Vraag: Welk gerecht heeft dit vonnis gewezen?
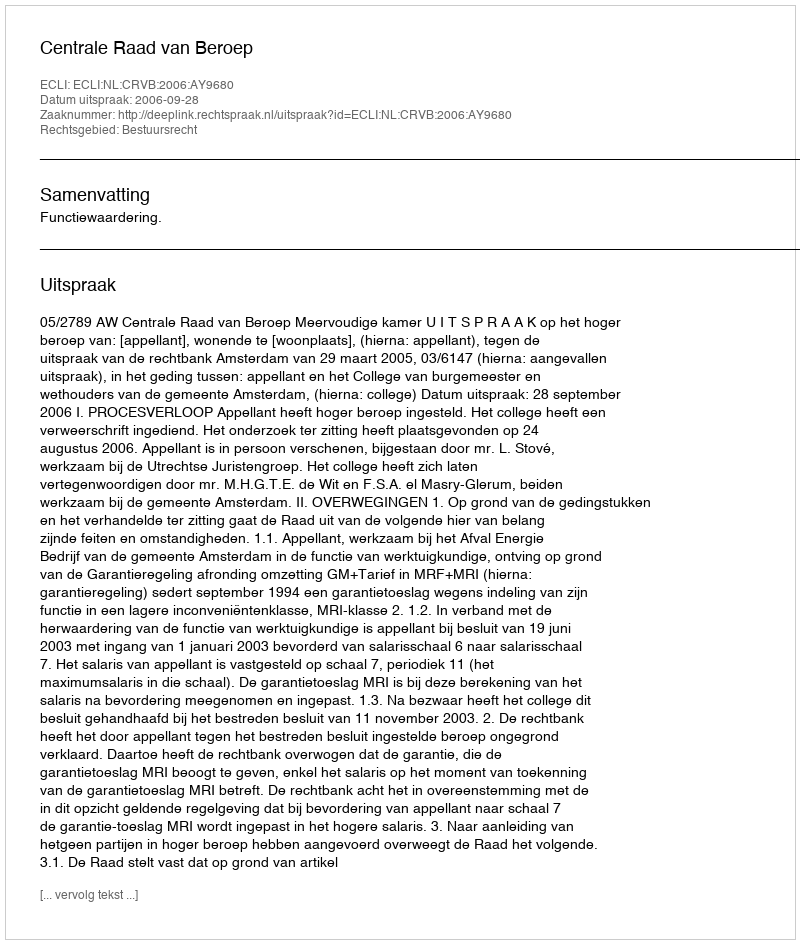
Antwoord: Centrale Raad van Beroep